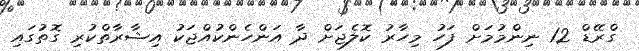
ގްރޭޑް 12 ނިންމުމަށް ފަހު މިހާރު ކޮލެޖަށް ދާ އަންހެންކުއްޖަކު އިޝާރާތްކުރި ގޮތުގައި